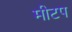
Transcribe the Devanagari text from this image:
मीटप